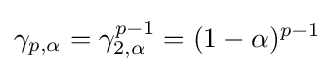
\gamma _{p,\alpha }=\gamma _{2,\alpha }^{p-1}=(1-\alpha )^{p-1}